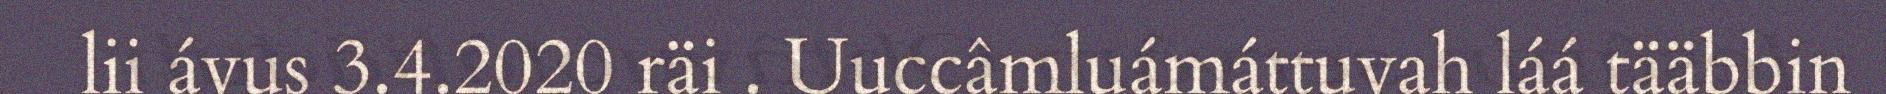
lii ávus 3.4.2020 räi . Uuccâmluámáttuvah láá tääbbin